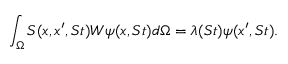
\int _ { \Omega } \boldsymbol { S } ( \boldsymbol { x } , \boldsymbol { x ^ { \prime } } , S t ) \boldsymbol { W } \boldsymbol { \psi } ( \boldsymbol { x } , S t ) d \Omega = \lambda ( S t ) \boldsymbol { \psi } ( \boldsymbol { x ^ { \prime } } , S t ) .